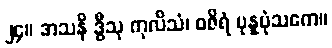
၂၄။ အသနိ ဒွီသု ကုလိသံ၊ ဝဇိရံ ပုန္နပုံသကေ။